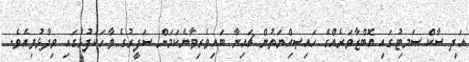
އަދި ސާކް ސަމިޓުގައި އޮބްޒާވަރެއްގެ ހައިޞިއްޔަތުން ޗައިނާ ބައިވެރިވާނެކަމަށް ސަފީރުގެ ވާހަކަފުޅުގައި ވިދާޅުވިއެވެ.